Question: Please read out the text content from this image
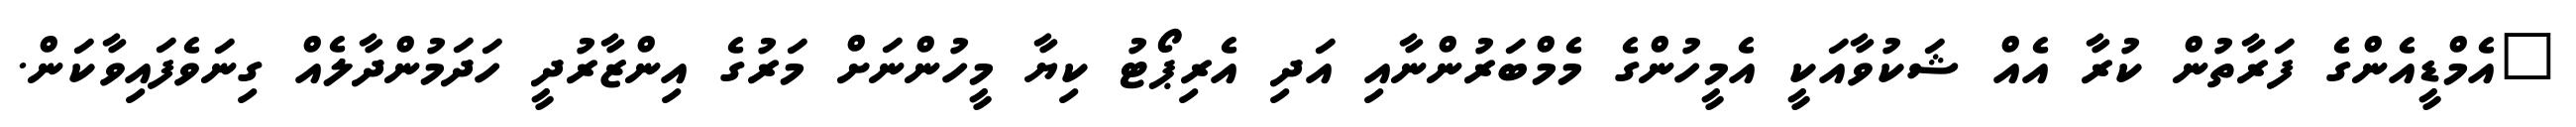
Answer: "އެމްޑީއެންގެ ފަރާތުން ކުރާ އެއް ޝަކުވާއަކީ އެމީހުންގެ މެމްބަރުންނާއި އަދި އެރިޕޯޓު ކިޔާ މީހުންނަށް މަރުގެ އިންޒާރުދީ ހަދަމުންދާލެއް ގިނަވެފައިވާކަން.